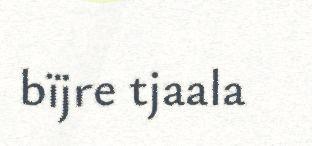
bïjre tjaala